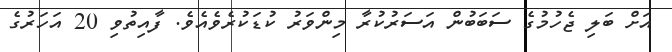
އަށް ބަލި ޖެހުމުގެ ސަބަބުން އަސަރުކުރާ މިންވަރު ކުޑަކުރެވެއެވެ. ފާއިތުވި 20 އަހަރުގެ